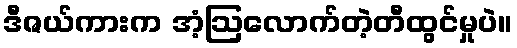
ဒီဇယ်ကားက အံ့ဩလောက်တဲ့တီထွင်မှုပဲ။